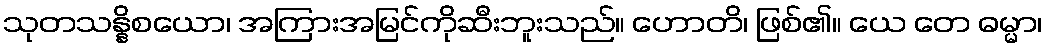
သုတသန္နိစယော၊ အကြားအမြင်ကိုဆီးဘူးသည်။ ဟောတိ၊ ဖြစ်၏။ ယေ တေ ဓမ္မာ၊